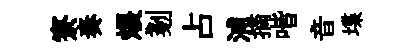
寮奏煨剗占浦摘喈音堞